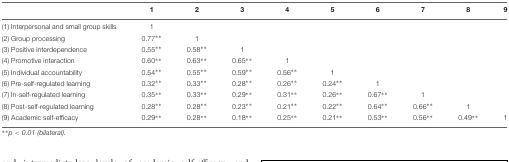
|  | 1 | 2 | 3 | 4 | 5 | 6 | 7 | 8 | 9 |
 | --- | --- | --- | --- | --- | --- | --- | --- | --- | --- |
 | (1) Interpersonal and small group skills | 1 |  |  |  |  |  |  |  |  |
 | (2) Group processing | 0.77∗∗ | 1 |  |  |  |  |  |  |  |
 | (3) Positive interdependence | 0.55∗∗ | 0.58∗∗ | 1 |  |  |  |  |  |  |
 | (4) Promotive interaction | 0.60∗∗ | 0.63∗∗ | 0.65∗∗ | 1 |  |  |  |  |  |
 | (5) Individual accountability | 0.54∗∗ | 0.55∗∗ | 0.59∗∗ | 0.56∗∗ | 1 |  |  |  |  |
 | (6) Pre-self-regulated learning | 0.32∗∗ | 0.33∗∗ | 0.28∗∗ | 0.26∗∗ | 0.24∗∗ | 1 |  |  |  |
 | (7) In-self-regulated learning | 0.35∗∗ | 0.33∗∗ | 0.29∗∗ | 0.31∗∗ | 0.26∗∗ | 0.67∗∗ | 1 |  |  |
 | (8) Post-self-regulated learning | 0.28∗∗ | 0.28∗∗ | 0.23∗∗ | 0.21∗∗ | 0.22∗∗ | 0.64∗∗ | 0.66∗∗ | 1 |  |
 | (9) Academic self-efficacy | 0.29∗∗ | 0.28∗∗ | 0.18∗∗ | 0.25∗∗ | 0.21∗∗ | 0.53∗∗ | 0.56∗∗ | 0.49∗∗ | 1 |